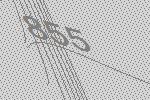
855